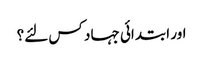
اور ابتدائی جہاد کس لئے؟